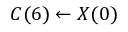
C ( 6 ) \leftarrow X ( 0 )